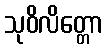
သုဝိလိတ္တော